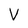
Character: V